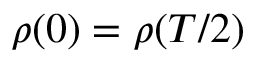
\rho ( 0 ) = \rho ( T / 2 )